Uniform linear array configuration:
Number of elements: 24
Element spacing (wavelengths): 0.25
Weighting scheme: hamming
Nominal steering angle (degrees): -30
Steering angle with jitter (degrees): -30.825
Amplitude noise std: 0.05
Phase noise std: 0.05

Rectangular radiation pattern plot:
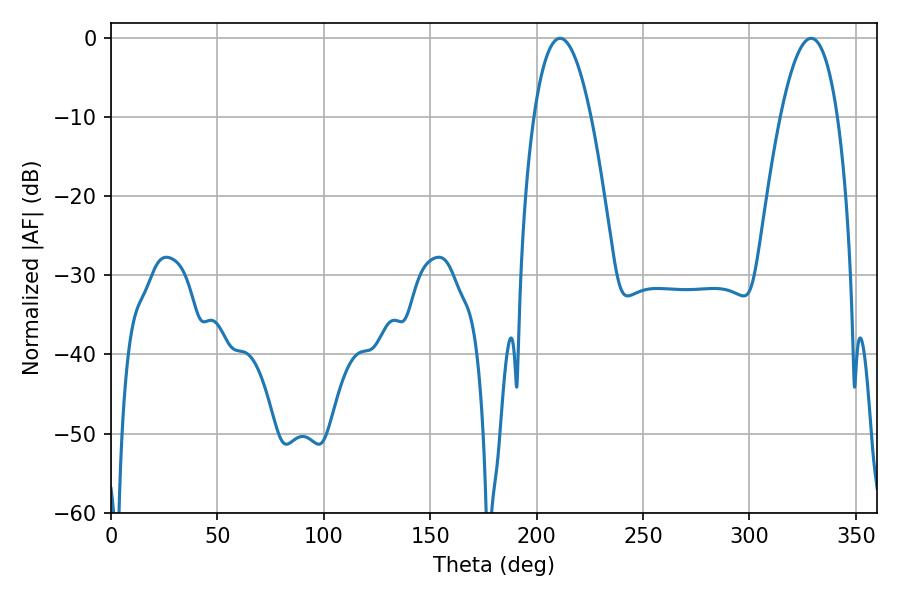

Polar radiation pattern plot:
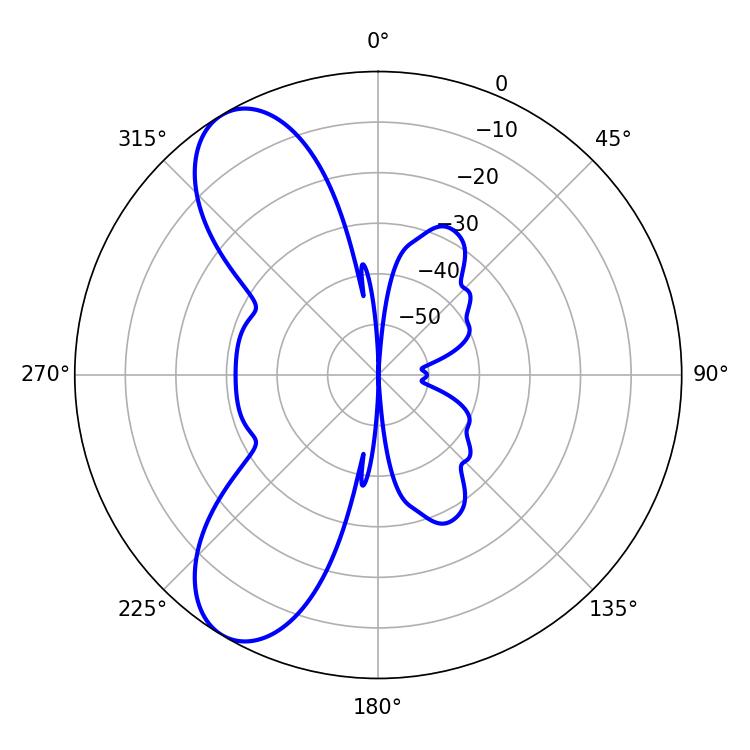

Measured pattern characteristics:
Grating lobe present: FALSE
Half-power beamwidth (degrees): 14.76
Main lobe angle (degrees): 329.04